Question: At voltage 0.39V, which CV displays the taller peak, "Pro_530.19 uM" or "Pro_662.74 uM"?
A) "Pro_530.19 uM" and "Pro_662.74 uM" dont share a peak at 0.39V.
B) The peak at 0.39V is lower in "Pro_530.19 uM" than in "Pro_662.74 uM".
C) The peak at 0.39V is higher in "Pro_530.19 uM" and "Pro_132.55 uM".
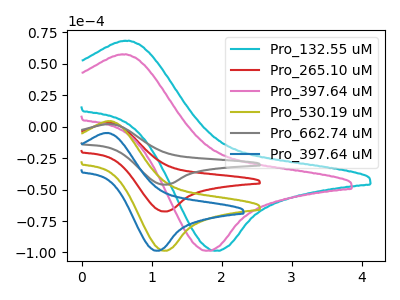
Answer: <think>The cyan curve "Pro_132.55 uM" has an anodic peak at (0.65V, 68.40uA) and a cathodic peak at (1.90V, -98.65uA). The red curve "Pro_265.10 uM" has an anodic peak at (0.40V, 3.05uA) and a cathodic peak at (1.20V, -67.45uA). The pink curve "Pro_397.64 uM" has an anodic peak at (0.60V, 57.60uA) and a cathodic peak at (1.80V, -98.65uA). The olive curve "Pro_530.19 uM" has an anodic peak at (0.40V, 4.45uA) and a cathodic peak at (1.20V, -98.65uA). The gray curve "Pro_662.74 uM" has an anodic peak at (0.40V, 6.05uA) and a cathodic peak at (1.20V, -134.85uA). The blue curve "Pro_397.64 uM" has an anodic peak at (0.35V, -5.00uA) and a cathodic peak at (1.05V, -98.65uA).</think>
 <answer>B) The peak at 0.39V is lower in "Pro_530.19 uM" than in "Pro_662.74 uM".</answer>
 <eval>B</eval>